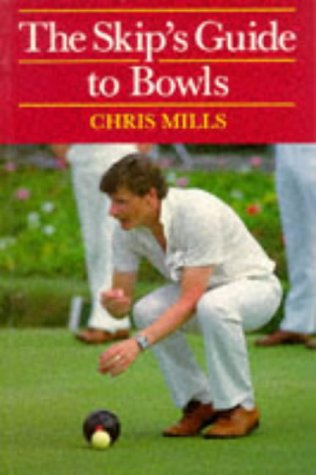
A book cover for The Skip's Guide to Bowls (Other Sports); Chris Mills; Sports & Outdoors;